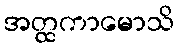
အတ္ထကာမောသိ